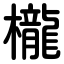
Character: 櫳